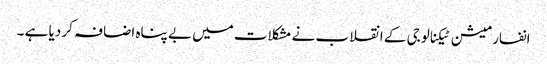
انفارمیشن ٹیکنالوجی کے انقلاب نے مشکلات میں بے پناہ اضافہ کر دیا ہے ۔